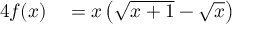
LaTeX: \begin{array} { r l } { { 4 } f ( x ) } & { { } = x \left( { \sqrt { x + 1 } } - { \sqrt { x } } \right) } \end{array}